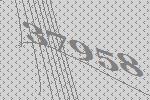
37958